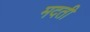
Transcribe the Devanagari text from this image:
मदती